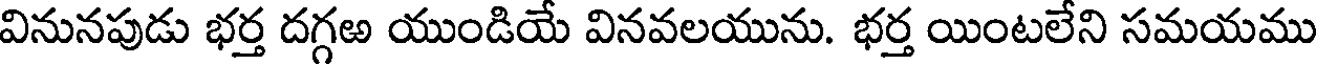
వినునపుడు భర్త దగ్గఱ యుండియే వినవలయును. భర్త యింటలేని సమయము